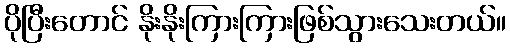
ပိုပြီးတောင် နိုးနိုးကြားကြားဖြစ်သွားသေးတယ်။